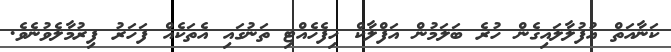
ކަނާއަތް އުފުލާލައިގެން ހުރެ ބަލަމުން އަފްލާކް ހިފެހެއްޓި ތަނުގައި އެތަކެއް ފަހަރު ފިރުމާލެވުނެވެ.